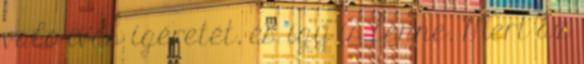
való ivás ígéretét, és így is lenne. Mert az